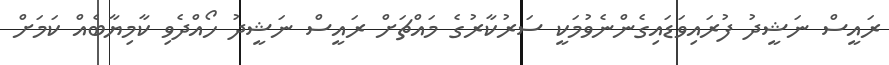
ރައީސް ނަޝީދު ފުރައިވަޑައިގެންނެވުމަކީ ސަރުކާރުގެ މައްޗަށް ރައީސް ނަޝީދު ހޯއްދެވި ކާމިޔާބެއް ކަމަށް